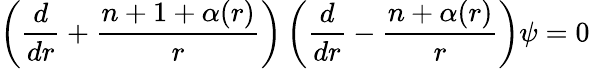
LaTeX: \left(\frac{d}{dr}+\frac{n+1+\alpha(r)}{r}\right)\left(\frac{d}{dr}-\frac{n+\alpha(r)}{r}\right)\psi=0